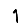
Digit: 1